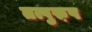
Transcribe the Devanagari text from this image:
तत्पुरु़ष